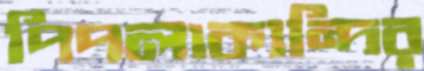
পিপলাকান্দির